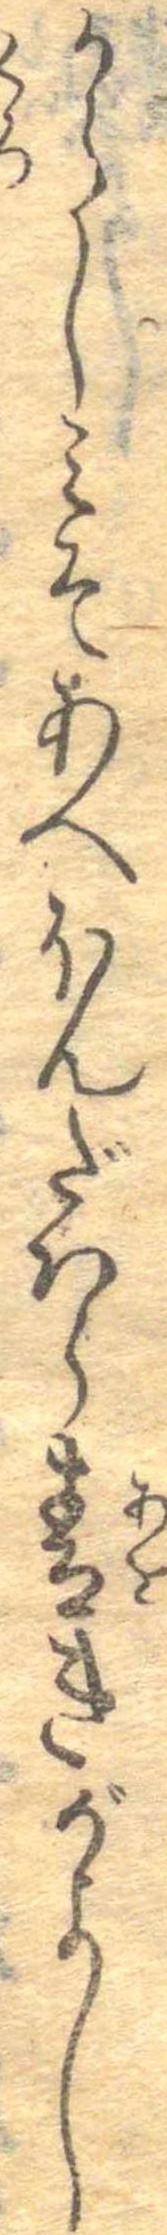
からしみそあへほんだはら青きがよし